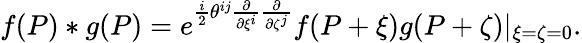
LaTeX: f(P)*g(P)=e^{\frac{i}{2}\theta^{ij}\frac{\partial}{\partial\xi^{i}}\frac{\partial}{\partial\zeta^{j}}}f(P+\xi)g(P+\zeta)|_{\xi=\zeta=0}.